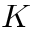
K